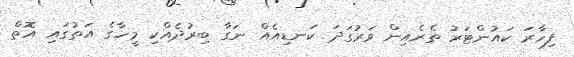
ފިހާރަ ކައުންޓަރު ތެރެއިން ވަރުގަދަ ކަނޑިއެއް ނަގާ ބިރުދެއްކި މީހާގެ އަތުގައި އޮތް